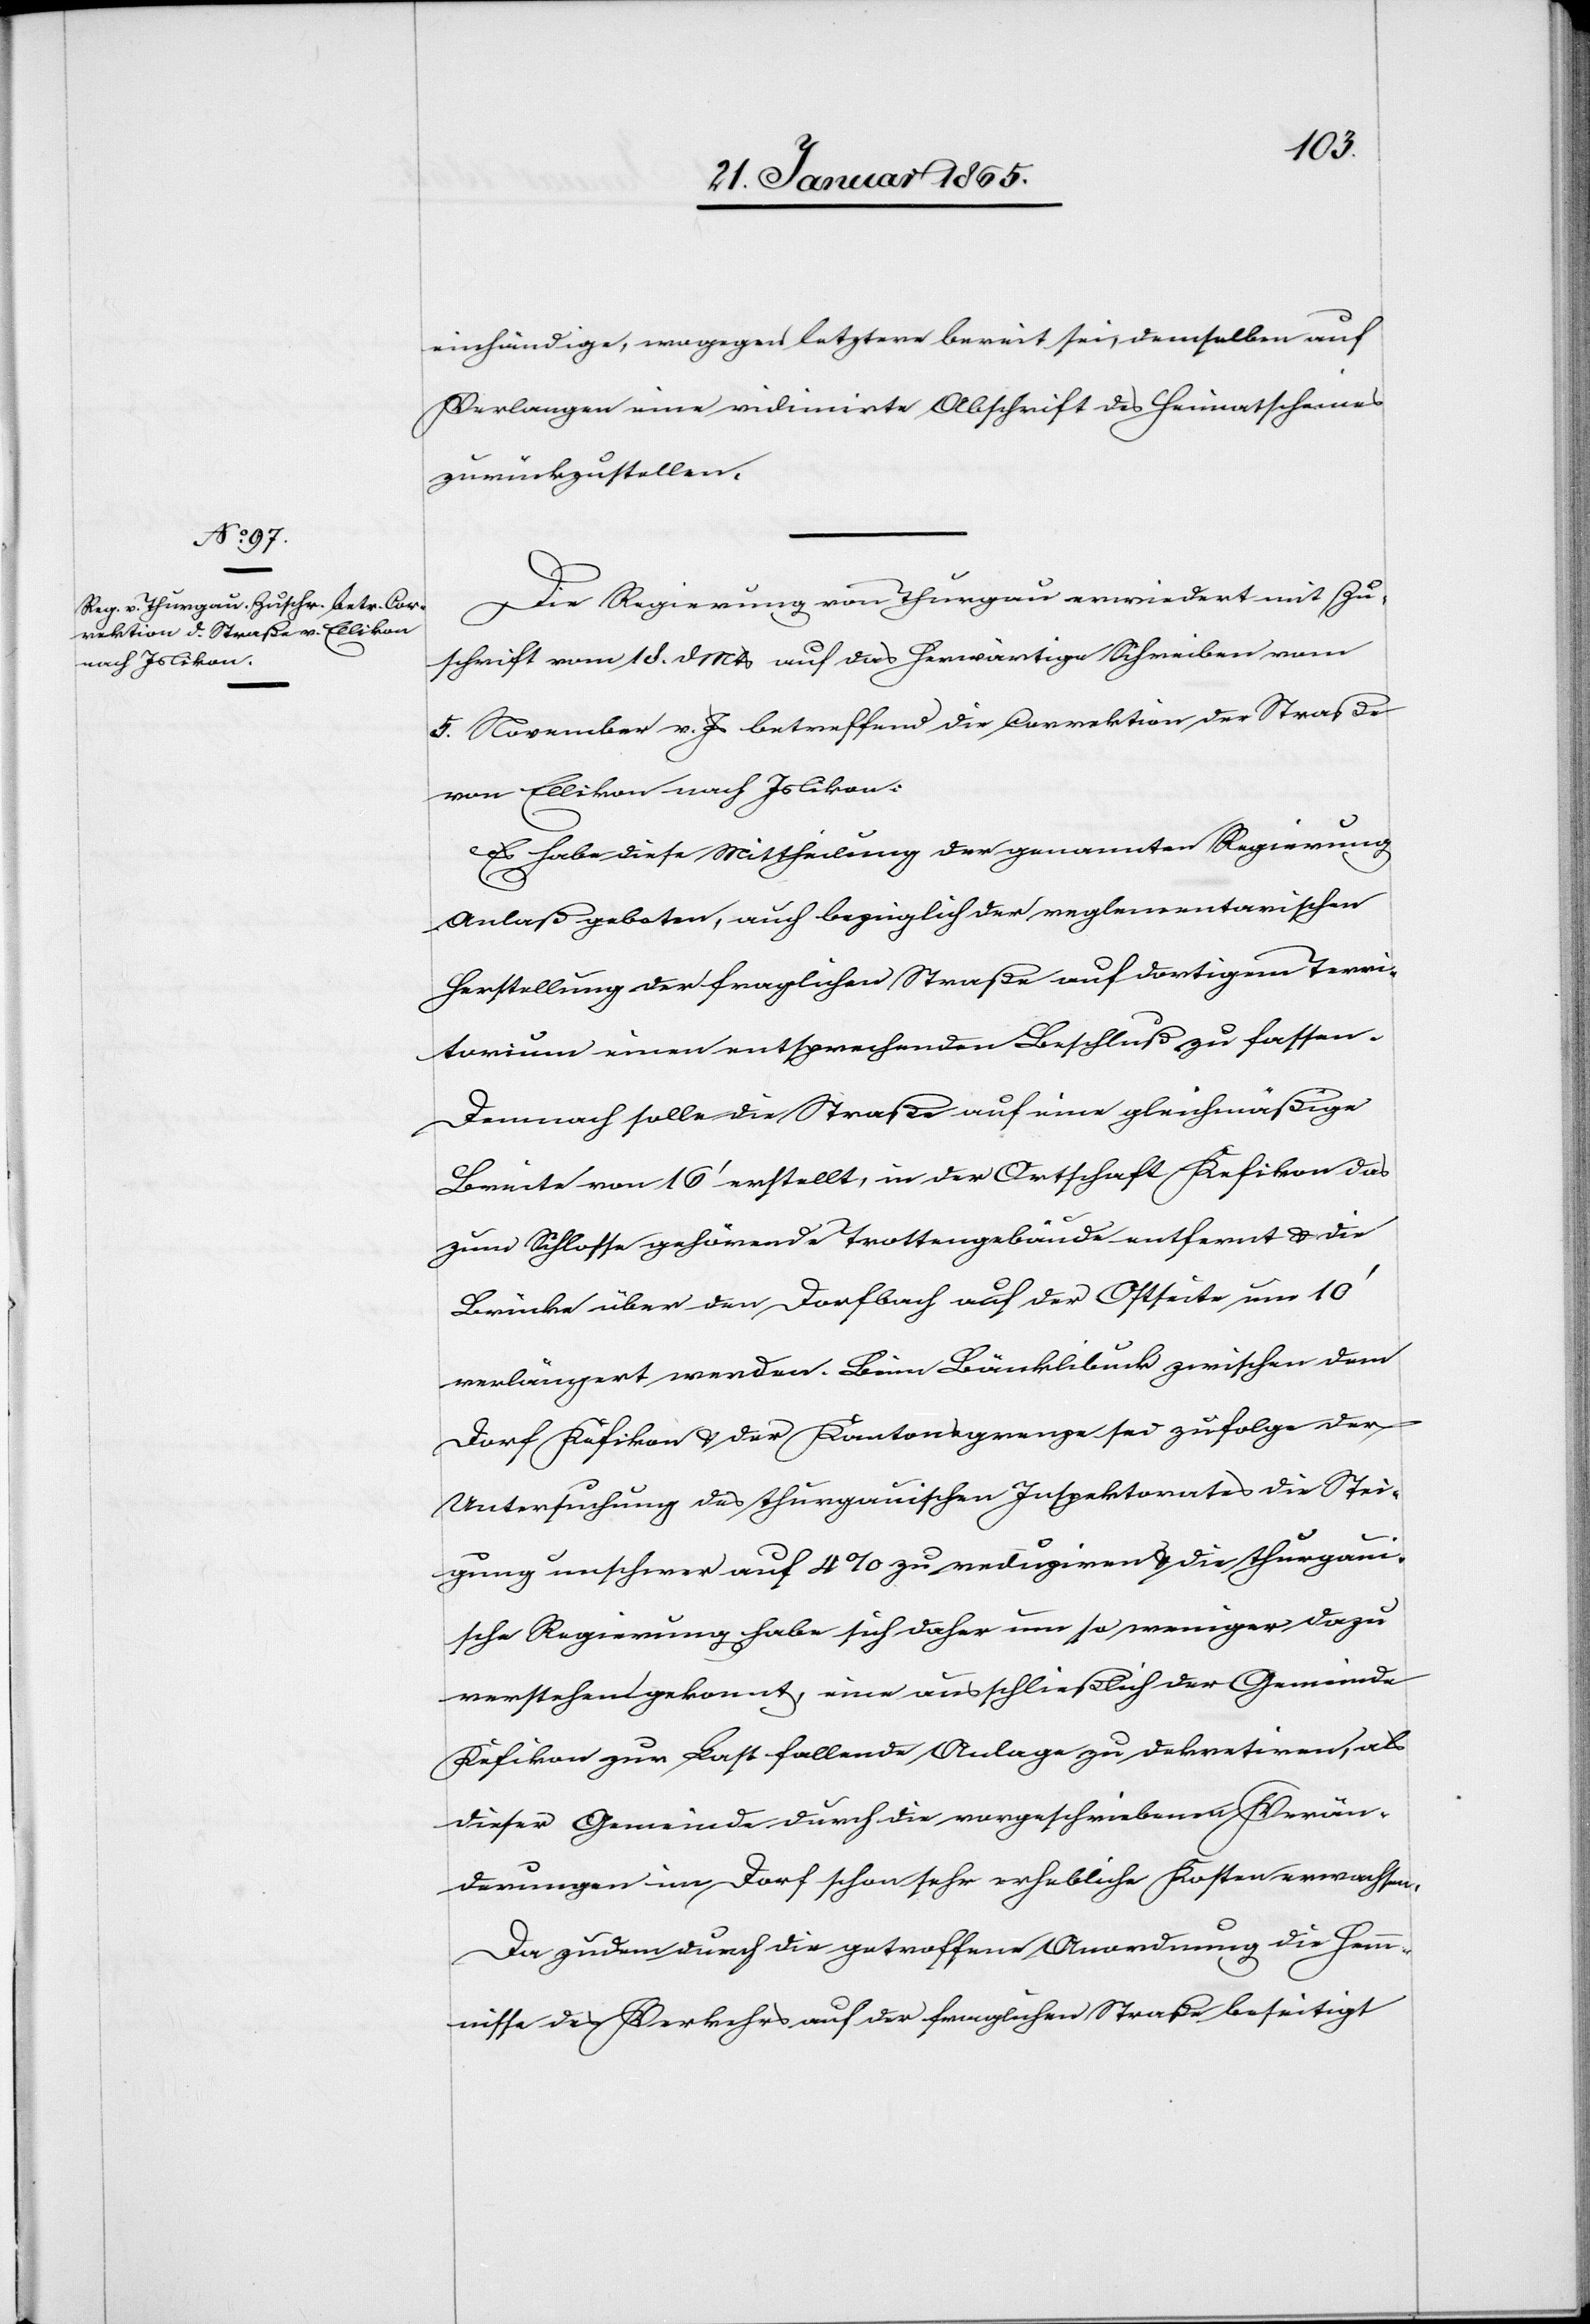
einhändige, wogegen letztere bereit sei, demselben auf
Verlangen eine vidimirte Abschrift des Heimatscheines
zurückzustellen.
Die Regierung von Thurgau erwiedert mit Zu¬
schrift vom 18. d Mts auf das herwärtige Schreiben vom
5. November v. Js betreffend die Correktion der Straße
von Ellikon nach Islikon:
Es habe diese Mittheilung der genannten Regierung
Anlaß geboten, auch bezüglich der reglementarischen
Herstellung der fraglichen Straße auf dortigem Terri¬
torium einen entsprechenden Beschluß zu fassen.
Demnach solle die Straße auf eine gleichmäßige
Breite von 16’ erstellt, in der Ortschaft Kefikon das
zum Schlosse gehörende Trottengebäude entfernt u. die
Brücke über den Dorfbach auf der Ostseite um 10’
verlängert werden. Beim Bänklibuck zwischen dem
Dorf Kefikon u. der Kantonsgrenze sei zufolge der
Untersuchung des thurgauischen Inspektorates die Stei¬
gung unschwer auf 4 % zu reduziren u. die thurgaui¬
sche Regierung habe sich daher um so weniger dazu
verstehen gekonnt, eine ausschließlich der Gemeinde
Kefikon zur Last fallende Anlage zu dekretiren, als
dieser Gemeinde durch die vorgeschriebenen Verän¬
derungen im Dorf schon sehr erhebliche Kosten erwachsen.
Da zudem durch die getroffene Anordnung die Hem¬
mnisse des Verkehrs auf der fraglichen Straße beseitigt